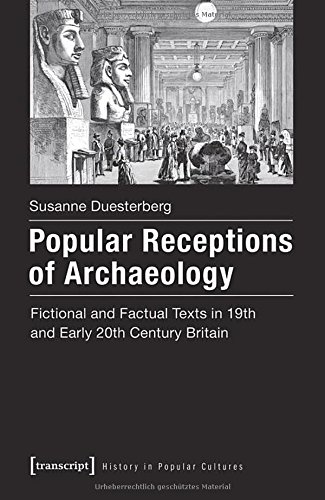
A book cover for Popular Receptions of Archaeology: Fictional and Factual Texts in 19th and Early 20th Century Britain (History in Popular Cultures); Susanne Duesterberg; Science & Math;